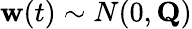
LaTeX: \mathbf{w}(t)\sim N(0,\mathbf{Q})